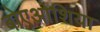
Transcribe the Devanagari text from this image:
बोएओशिया